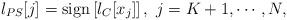
LaTeX: \begin{align*} l_{PS}[j] = \mathrm{sign} \left[ l_{C}[x_j] \right],~j = K+1, \cdots, N,\end{align*}